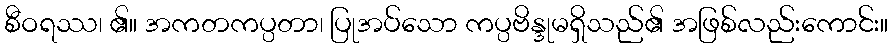
စီဝရဿ၊ ၏။ အကတကပ္ပတာ၊ ပြုအပ်သော ကပ္ပဗိန္ဒုမရှိသည်၏ အဖြစ်လည်းကောင်း။